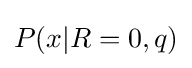
P(x|R=0,q)